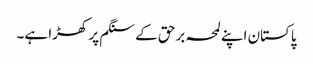
پاکستان اپنے لمحہ برحق کے سنگم پر کھڑا ہے۔